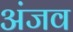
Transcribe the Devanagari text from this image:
अंजव